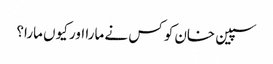
سپین خان کو کس نے مارا اور کیوں مارا؟